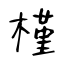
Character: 槿